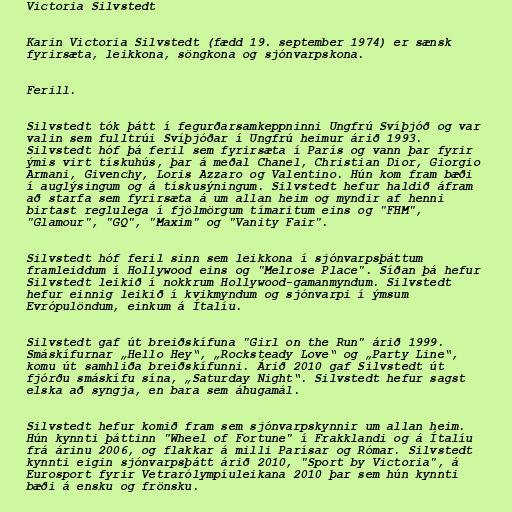
Victoria Silvstedt

Karin Victoria Silvstedt (fædd 19. september 1974) er sænsk
fyrirsæta, leikkona, söngkona og sjónvarpskona.

Ferill.

Silvstedt tók þátt í fegurðarsamkeppninni Ungfrú Svíþjóð og var
valin sem fulltrúi Svíþjóðar í Ungfrú heimur árið 1993.
Silvstedt hóf þá feril sem fyrirsæta í París og vann þar fyrir
ýmis virt tískuhús, þar á meðal Chanel, Christian Dior, Giorgio
Armani, Givenchy, Loris Azzaro og Valentino. Hún kom fram bæði
í auglýsingum og á tískusýningum. Silvstedt hefur haldið áfram
að starfa sem fyrirsæta á um allan heim og myndir af henni
birtast reglulega í fjölmörgum tímaritum eins og "FHM",
"Glamour", "GQ", "Maxim" og "Vanity Fair".

Silvstedt hóf feril sinn sem leikkona í sjónvarpsþáttum
framleiddum í Hollywood eins og "Melrose Place". Síðan þá hefur
Silvstedt leikið í nokkrum Hollywood-gamanmyndum. Silvstedt
hefur einnig leikið í kvikmyndum og sjónvarpi í ýmsum
Evrópulöndum, einkum á Ítalíu.

Silvstedt gaf út breiðskífuna "Girl on the Run" árið 1999.
Smáskífurnar „Hello Hey“, „Rocksteady Love“ og „Party Line“,
komu út samhliða breiðskífunni. Árið 2010 gaf Silvstedt út
fjórðu smáskífu sína, „Saturday Night“. Silvstedt hefur sagst
elska að syngja, en bara sem áhugamál.

Silvstedt hefur komið fram sem sjónvarpskynnir um allan heim.
Hún kynnti þáttinn "Wheel of Fortune" í Frakklandi og á Ítalíu
frá árinu 2006, og flakkar á milli Parísar og Rómar. Silvstedt
kynnti eigin sjónvarpsþátt árið 2010, "Sport by Victoria", á
Eurosport fyrir Vetrarólympíuleikana 2010 þar sem hún kynnti
bæði á ensku og frönsku.